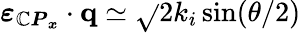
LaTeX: \boldsymbol{\varepsilon_{{\mathbb{C}P}_{x}}}\cdot{\mathbf{{q}}}\simeq\sqrt{}{2}k_{i}\sin(\theta/2)